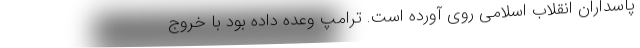
پاسداران انقلاب اسلامی روی آورده است. ترامپ وعده داده بود با خروج